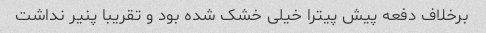
برخلاف دفعه پیش پیترا خیلی خشک شده بود و تقریبا پنیر نداشت